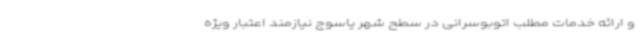
و ارائه خدمات مطلب اتوبوسرانی در سطح شهر یاسوج نیازمند اعتبار ویژه